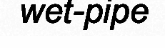
wet-pipe